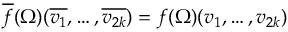
{ \overline { { f } } } ( \Omega ) ( { \overline { { v _ { 1 } } } } , \dots , { \overline { { v _ { 2 k } } } } ) = f ( \Omega ) ( v _ { 1 } , \dots , v _ { 2 k } )